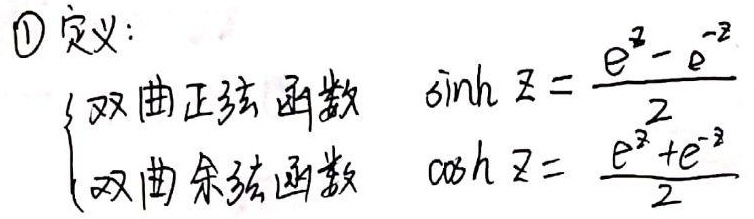
\textcircled{1}定义：
\(\begin{cases}
\text{双曲正弦函数} &\sinh z = \dfrac{e^{z}-e^{-z}}{2}\\
\text{双曲余弦函数} &\cosh z = \dfrac{e^{z}+e^{-z}}{2}
\end{cases}\)